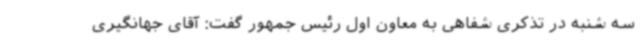
سه شنبه در تذکری شفاهی به معاون اول رئیس جمهور گفت: آقای جهانگیری